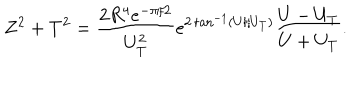
Z ^ { 2 } + T ^ { 2 } = \frac { 2 R ^ { 4 } e ^ { - \pi / 2 } } { U _ { T } ^ { 2 } } e ^ { 2 \tan ^ { - 1 } ( U / U _ { T } ) } \frac { U - U _ { T } } { U + U _ { T } } .